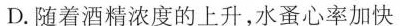
D.随着酒精浓度的上升，水蚤心率加快